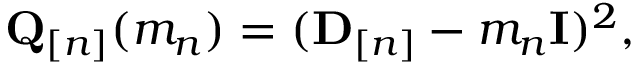
\begin{array} { r } { \mathbf Q _ { [ n ] } ( m _ { n } ) = ( { \mathbf D } _ { [ n ] } - m _ { n } { \bf I } ) ^ { 2 } , } \end{array}